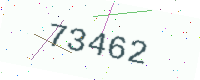
Text: 73462